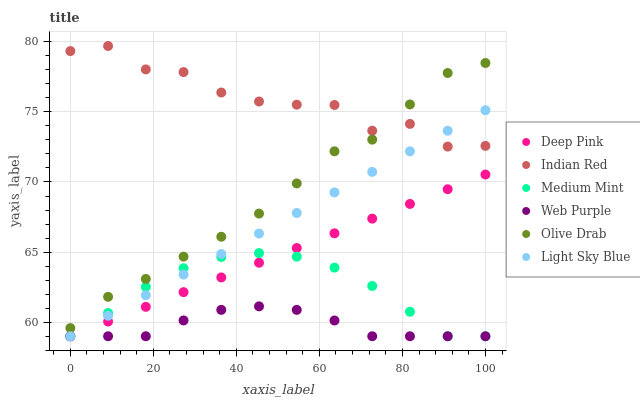
| xaxis_label | Deep Pink | Indian Red | Medium Mint | Web Purple | Olive Drab | Light Sky Blue |
 | --- | --- | --- | --- | --- | --- | --- |
 | 0 | 59 | 79.3 | 59 | 59 | 59.6 | 59 |
 | 9.09 | 60 | 79.7 | 60.7 | 59 | 61.8 | 60.5 |
 | 18.2 | 61.1 | 78 | 62.5 | 59 | 63.1 | 61.9 |
 | 27.3 | 62.1 | 77.8 | 63.9 | 60.1 | 64.7 | 63.4 |
 | 36.4 | 63.2 | 76.4 | 64.7 | 60.9 | 66.1 | 64.9 |
 | 45.5 | 64.2 | 75.7 | 64.9 | 61.1 | 67.7 | 66.3 |
 | 54.5 | 65.3 | 75.5 | 64.7 | 60.9 | 69.9 | 67.8 |
 | 63.6 | 66.3 | 75.5 | 63.9 | 60.1 | 72.2 | 69.3 |
 | 72.7 | 67.4 | 73.7 | 62.6 | 59 | 73 | 70.7 |
 | 81.8 | 68.4 | 74.1 | 60.7 | 59 | 75.5 | 72.2 |
 | 90.9 | 69.5 | 72.5 | 59 | 59 | 77.8 | 73.7 |
 | 100 | 70.5 | 72.6 | 59 | 59 | 78.5 | 75.1 |